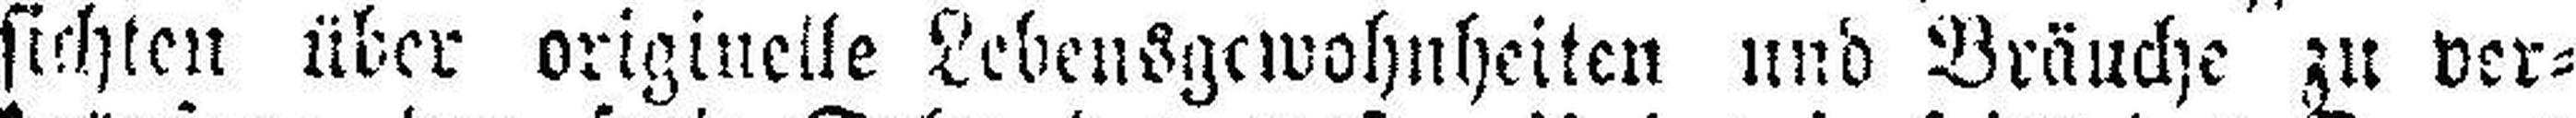
sichten über originelle Lebensgewohnheiten und Bräuche zu ver¬